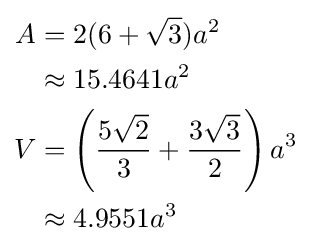
{\begin{aligned}A&=2(6+{\sqrt {3}})a^{2}\\&\approx 15.4641a^{2}\\V&=\left({\frac {5{\sqrt {2}}}{3}}+{\frac {3{\sqrt {3}}}{2}}\right)a^{3}\\&\approx 4.9551a^{3}\end{aligned}}